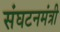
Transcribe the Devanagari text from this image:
संघटनमंत्री